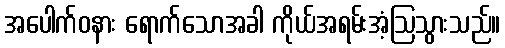
အပေါက်ဝနား ရောက်သောအခါ ကိုယ်အရမ်းအံ့ဩသွားသည်။